Note on the mental hospitals in Burma - 1925-1940
Year: 1925
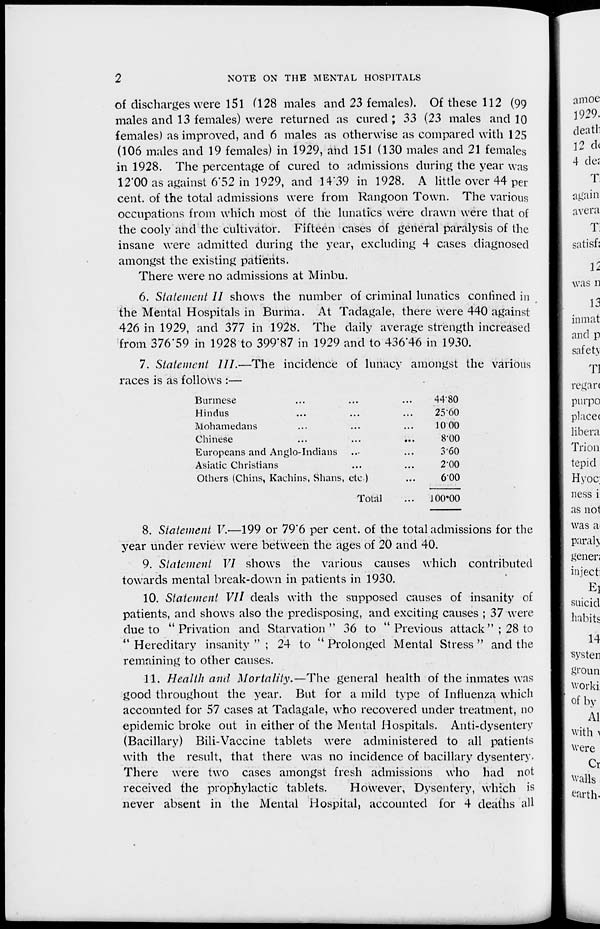
2
NOTE ON THE MENTAL HOSPITALS
of discharges were 151 (128 males and 23 females). Of these 112 (99
males and 13 females) were returned as cured; 33 (23 males and 10
females) as improved, and 6 males as otherwise as compared with 125
(106 males and 19 females) in 1929, and 151 (130 males and 21 females
in 1928. The percentage of cured to admissions during the year was
12.00 as against 6.52 in 1929, and 14.39 in 1928. A little over 44 per
cent. of the total admissions were from Rangoon Town. The various
occupations from which most of the lunatics were drawn were that of
the cooly and the cultivator. Fifteen cases of general paralysis of the
insane were admitted during the year, excluding 4 cases diagnosed
amongst the existing patients.
There were no admissions at Minbu.
6. Statement II shows the number of criminal lunatics confined in
the Mental Hospitals in Burma. At Tadagale, there were 440 against
426 in 1929, and 377 in 1928. The daily average strength increased
from 376.59 in 1928 to 399.87 in 1929 and to 436.46 in 1930.
7. Statement III.—The incidence of lunacy amongst the various
races is as follows :—
Burmese ... ... ...
Hindus ... ... ...
Mohamedans ... ... ...
Chinese ... ... ...
Europeans and Anglo-Indians ... ...
Asiatic Christians ... ...
Others (Chins, Kachins, Shans, etc )
Total ...
44.80
25.60
10.00
8.00
3.60
2.00
6.00
100.00
8. Statement V.—199 or 79.6 per cent. of the total admissions for the
year under review were between the ages of 20 and 40.
9. Statement VI shows the various causes which contributed
towards mental break-down in patients in 1930.
10. Statement VII deals with the supposed causes of insanity of
patients, and shows also the predisposing, and exciting causes ; 37 were
due to " Privation and Starvation " 36 to " Previous attack " ; 28 to
" Hereditary insanity " ; 24 to " Prolonged Mental Stress " and the
remaining to other causes.
11. Health and Mortality.—The general health of the inmates was
good throughout the year. But for a mild type of Influenza which
accounted for 57 cases at Tadagale, who recovered under treatment, no
epidemic broke out in either of the Mental Hospitals. Anti-dysentery
(Bacillary) Bili-Vaccine tablets were administered to all patients
with the result, that there was no incidence of bacillary dysentery.
There were two cases amongst fresh admissions who had not
received the prophylactic tablets.
However, Dysentery, which is
never absent in the Mental Hospital, accounted for 4 deaths all